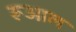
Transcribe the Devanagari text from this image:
रूआल